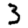
Digit: 3